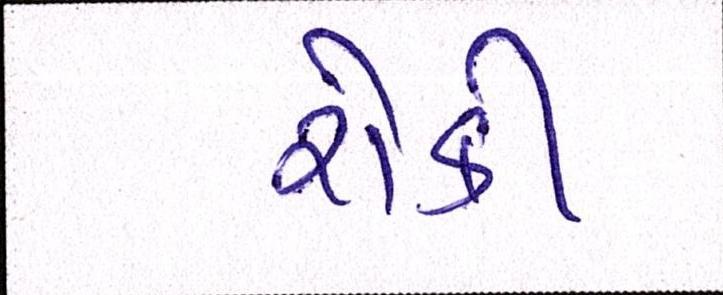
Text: રોકી